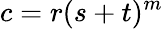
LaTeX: c=r(s+t)^{m}